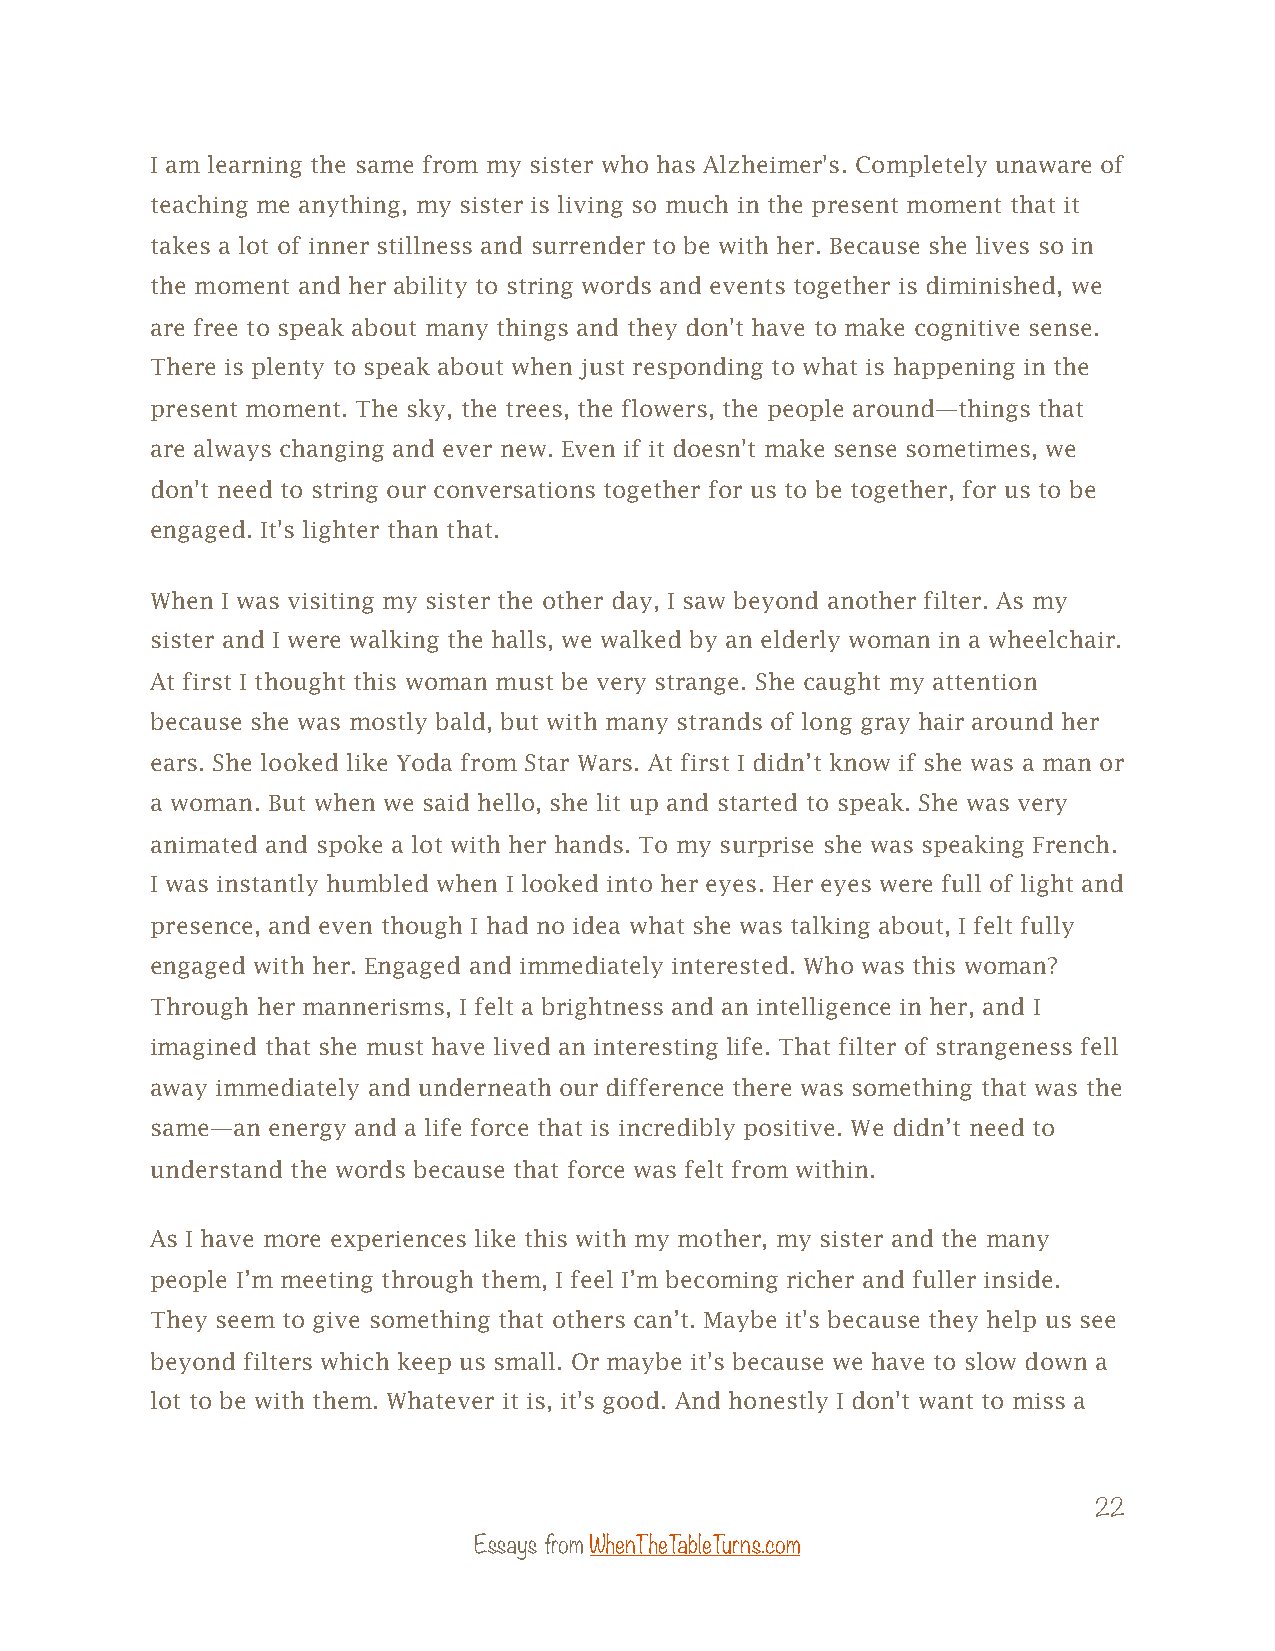
I am learning the same from my sister who has Alzheimer's. Completely unaware of
 teaching me anything, my sister is living so much in the present moment that it
 takes a lot of inner stillness and surrender to be with her. Because she lives so in
 the moment and her ability to string words and events together is diminished, we
 are free to speak about many things and they don't have to make cognitive sense.
 There is plenty to speak about when just responding to what is happening in the
 present moment. The sky, the trees, the flowers, the people around—things that
 are always changing and ever new. Even if it doesn't make sense sometimes, we
 don't need to string our conversations together for us to be together, for us to be
 engaged. It's lighter than that.
 When I was visiting my sister the other day, I saw beyond another filter. As my
 sister and I were walking the halls, we walked by an elderly woman in a wheelchair.
 At first I thought this woman must be very strange. She caught my attention
 because she was mostly bald, but with many strands of long gray hair around her
 ears. She looked like Yoda from Star Wars. At first I didn’t know if she was a man or
 a woman. But when we said hello, she lit up and started to speak. She was very
 animated and spoke a lot with her hands. To my surprise she was speaking French.
 I was instantly humbled when I looked into her eyes. Her eyes were full of light and
 presence, and even though I had no idea what she was talking about, I felt fully
 engaged with her. Engaged and immediately interested. Who was this woman?
 Through her mannerisms, I felt a brightness and an intelligence in her, and I
 imagined that she must have lived an interesting life. That filter of strangeness fell
 away immediately and underneath our difference there was something that was the
 same—an energy and a life force that is incredibly positive. We didn’t need to
 understand the words because that force was felt from within.
 As I have more experiences like this with my mother, my sister and the many
 people I’m meeting through them, I feel I’m becoming richer and fuller inside.
 They seem to give something that others can’t. Maybe it's because they help us see
 beyond filters which keep us small. Or maybe it's because we have to slow down a
 lot to be with them. Whatever it is, it's good. And honestly I don't want to miss a
 22
 Essays from WhenTheTableTurns.com